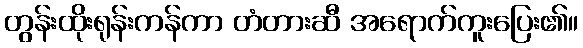
တွန်းထိုးရုန်းကန်ကာ တံတားဆီ အရောက်ကူးပြေး၏။